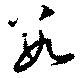
數